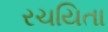
રચયિતા